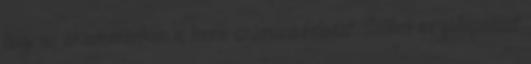
hogy az akadémiánkon is lenne számára feladat. Szóbeli megállapodást